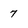
Character: 7